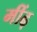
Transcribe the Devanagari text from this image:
मींढ़